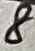
Text: 8